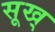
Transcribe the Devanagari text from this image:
सूख्